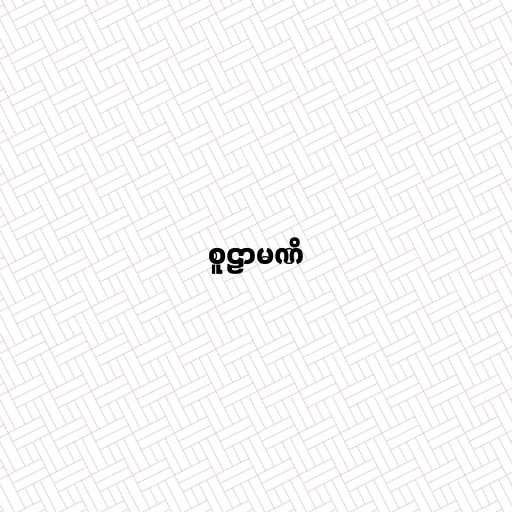
စူဠာမဏိ